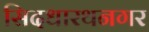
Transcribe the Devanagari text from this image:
सिदधारथनगर